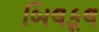
બિલકૂલ